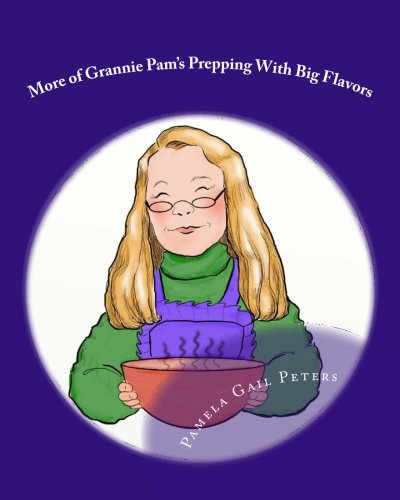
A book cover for More of Grannie Pam's Prepping With Big Flavors; Pamela Gail Peters; Cookbooks, Food & Wine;